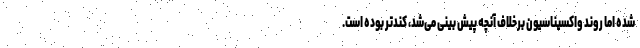
شده اما روند واکسیناسیون برخلاف آنچه پیش بینی می‌شد، کندتر بوده است.